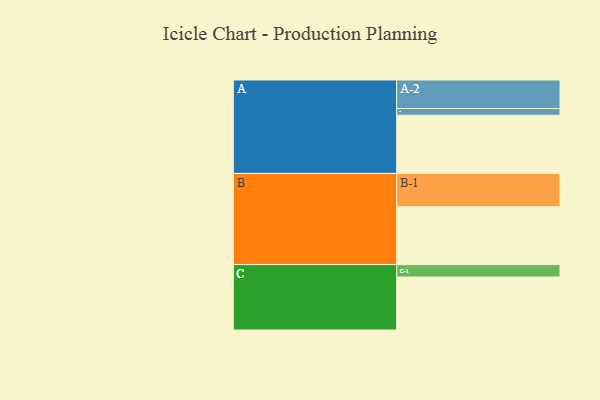
{"axis": {"x": "Segment", "y": "Value"}, "legend": ["", "A", "B", "C"], "data": [{"x": "A", "y": 512, "type": ""}, {"x": "B", "y": 508, "type": ""}, {"x": "C", "y": 466, "type": ""}, {"x": "A-1", "y": 58, "type": "A"}, {"x": "A-2", "y": 251, "type": "A"}, {"x": "B-1", "y": 293, "type": "B"}, {"x": "C-1", "y": 109, "type": "C"}]}